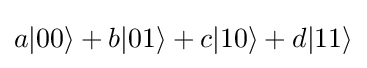
a|00\rangle +b|01\rangle +c|10\rangle +d|11\rangle